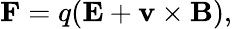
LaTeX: \mathbf{F}=q(\mathbf{E}+\mathbf{v}\times\mathbf{B}),